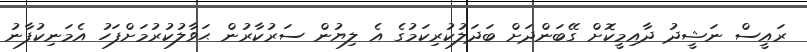
ރައީސް ނަޝީދު ދާއިމީކޮށް ގޭބަންދަށް ބަދަލުކުރިކަމުގެ އެ ލިޔުން ސަރުކާރުން ޙަވާލުކުރުމަށްފަހު އެމަނިކުފާނު